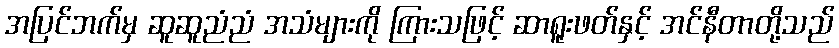
အပြင်ဘက်မှ ဆူဆူညံညံ အသံများကို ကြားသဖြင့် ဆာရူးဖတ်နှင့် အင်နီတာတို့သည်